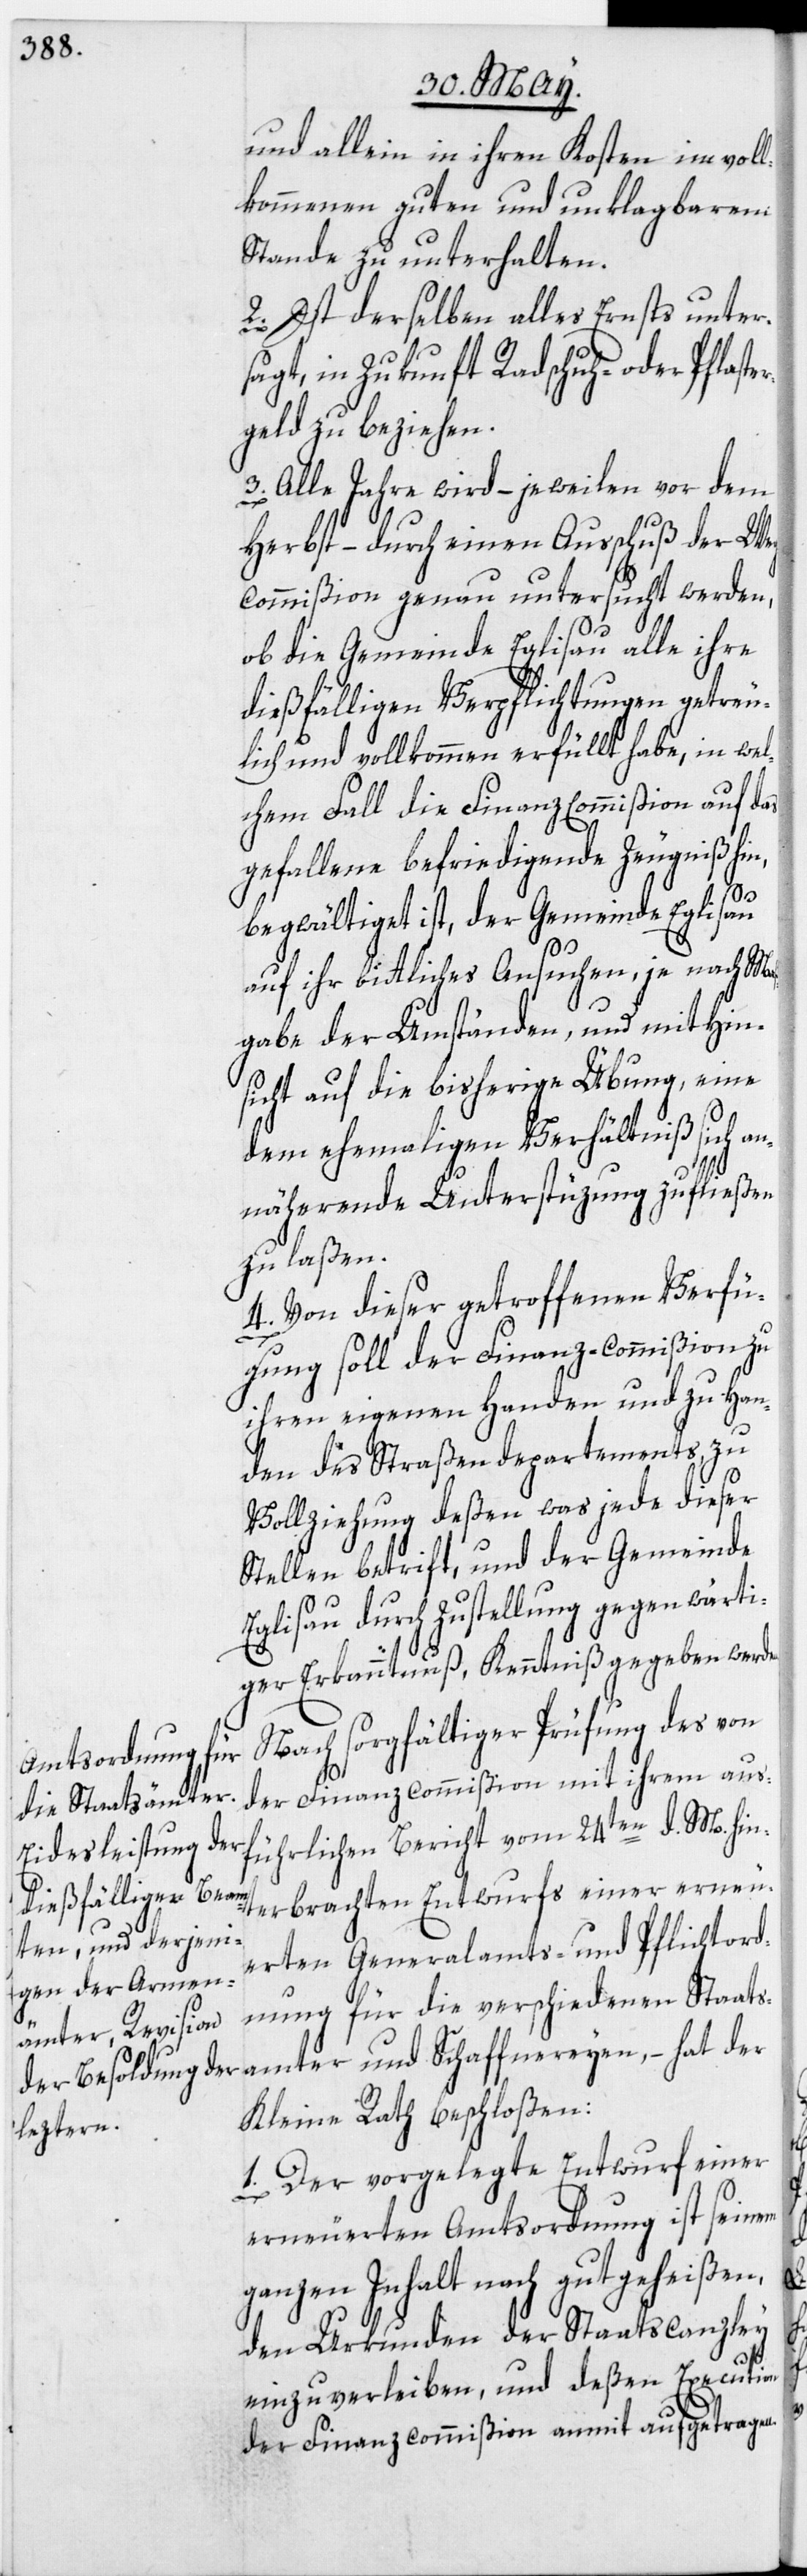
und allein in ihren Kosten in vol¬
lkommenen guten und unklagbarem
Stande zu unterhalten.
2. Ist derselben alles Ernsts unter¬
sagt, in Zukunft Radschuh- oder Pflast¬
geld zu beziehen.
3. Alle Jahre wird – jeweilen vor dem
Herbst – durch einen Ausschuß der Weg¬
commißion genau untersucht werden,
ob die Gemeinde Eglisau alle ihre
dießfälligen Verpflichtungen getreu¬
lich und vollkommen erfüllt habe, in wel¬
chem Fall die Finanz Commißion auf das
gefallene befriedigende Zeugniß hin,
en.
begwältiget ist, der Gemeinde Eglisau
auf ihr bittliches Ansuchen, je nach Maß¬
gabe der Umständen, und mit Hin¬
sicht auf die bisherige Übung, eine
dem ehemaligen Verhältniß sich a¬
nnäherende Unterstüzung zufließen
zu laßen.
4. Von dieser getroffenen Verfü¬
gung soll der Finanz-Commißion zu
ihren eigenen Handen und zu Han¬
den des Straßendepartements, zu
Vollziehung deßen was jede dieser
Stellen betrift, und der Gemeinde
Eglisau durch Zustellung gegenwärti¬
ger Erkanntnuß, Kenntniß gegeben werd¬
Nach sorgfältiger Prüfung des von
der Finanzcommißion mit ihrem aus¬
führlichen Bericht vom 24ten d. M. hin¬
terbrachten Entwurfs einer erneu¬
erten Generalamts- und Pflichtord¬
nung für die verschiedenen Staats¬
amter und Schaffnereyen, – hat der
Kleine Rath beschloßen:
1. Der vorgelegte Entwurf einer
erneuerten Amtsordnung ist seinem
ganzen Inhalt nach gutgeheißen,
den Urkunden der Staatscanzley
einzuverleiben, und deßen Execution
der Finanzcommißion anmit aufgetragen.